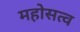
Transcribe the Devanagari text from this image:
महोसत्व